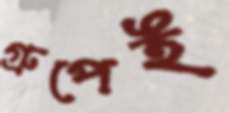
গ্রুপেই